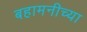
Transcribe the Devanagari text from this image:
बहामनीच्या